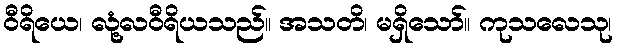
ဝီရိယေ၊ လုံ့လဝီရိယသည်။ အသတိ၊ မရှိသော်။ ကုသလေသု၊